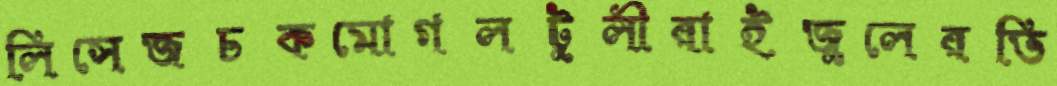
লিসেজচকমোগলটুলীরাইজুলেরভি